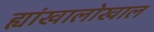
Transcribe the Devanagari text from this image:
ह्यांखालोखाल